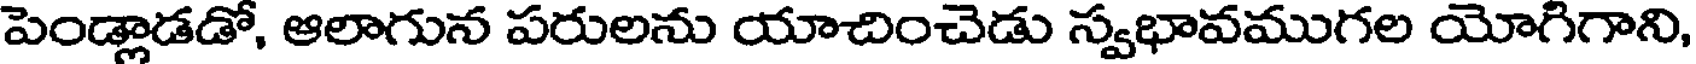
పెండ్లాడడో, ఆలాగున పరులను యాచించెడు స్వభావముగల యోగిగాని,